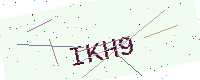
Text: IKH9